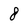
Character: 8